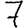
Digit: 7